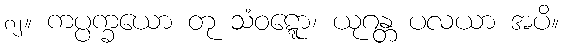
၈၂။ ကပ္ပက္ခယော တု သံဝဋ္ဋော၊ ယုဂန္တ ပလယာ အပိ။